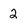
Character: 2